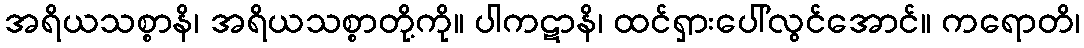
အရိယသစ္စာနိ၊ အရိယသစ္စာတို့ကို။ ပါကဋာနိ၊ ထင်ရှားပေါ်လွင်အောင်။ ကရောတိ၊